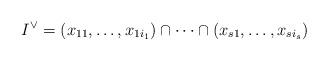
LaTeX: \begin{align*}I^\vee=(x_{11},\dots,x_{1i_1})\cap \cdots \cap (x_{s1},\dots,x_{si_s})\end{align*}